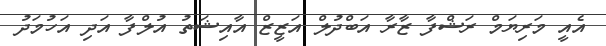
އެއީ މަރިޔަމް ރަޝްފާ ޒާރާ އަބްދުލް އަޒީޒް އާއިޝަތު އުލްފާ އަދި އަހުމަދު